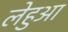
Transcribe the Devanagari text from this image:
लेहुआ